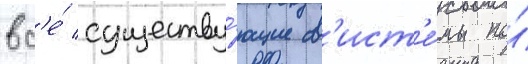
вс'е́ существу́ющие с'ист'е́мы по́